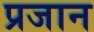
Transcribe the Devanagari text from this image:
प्रजान